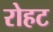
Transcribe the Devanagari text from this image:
रोहट